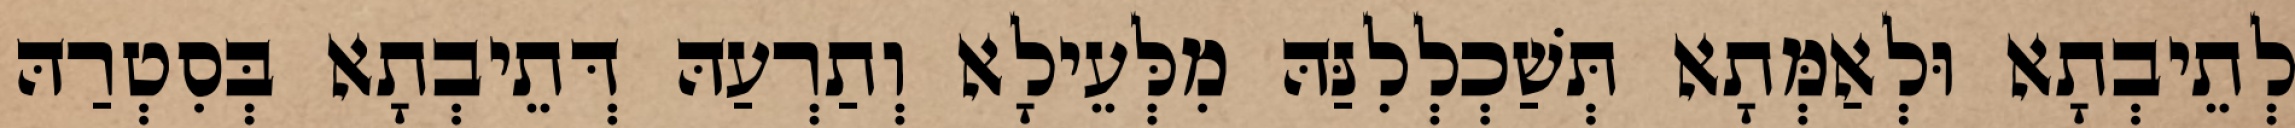
לְתֵיבְתָא וּלְאַמְּתָא תְּשַׁכְלְלִנַּהּ מִלְּעֵילָא וְתַרְעַהּ דְּתֵיבְתָא בְּסִטְרַהּ